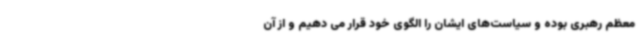
معظم رهبری بوده و سیاست‌های ایشان را الگوی خود قرار می دهیم و از آن